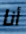
أنا